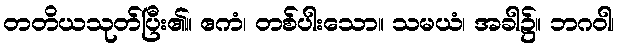
တတိယသုတ်ပြီး၏။ ဧကံ၊ တစ်ပါးသော။ သမယံ၊ အခါ၌။ ဘဂဝါ၊